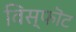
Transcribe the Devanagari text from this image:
विस्फॊट